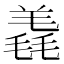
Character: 𣯠